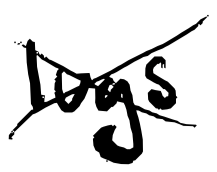
Text: lugs
Cross-out: cross
Writing tool: digital_black